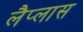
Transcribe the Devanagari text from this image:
लैप्लास